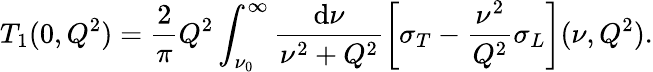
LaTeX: T_{1}(0,Q^{2})=\frac{2}{\pi}Q^{2}\int_{\nu_{0}}^{\infty}\frac{\mathrm{d}\nu}{\nu^{2}+Q^{2}}\left[\sigma_{T}-\frac{\nu^{2}}{Q^{2}}\sigma_{L}\right](\nu,Q^{2}).